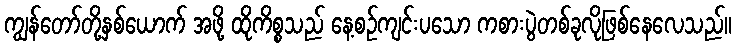
ကျွန်တော်တို့နှစ်ယောက် အဖို့ ထိုကိစ္စသည် နေ့စဉ်ကျင်းပသော ကစားပွဲတစ်ခုလိုဖြစ်နေလေသည်။